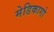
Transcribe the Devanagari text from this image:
मेडिकागो